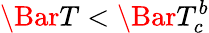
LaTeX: \Bar{T}<\Bar{T}_{c}^{b}